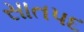
સાતપદ